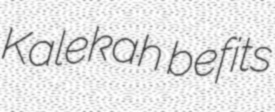
Kalekah befits